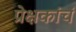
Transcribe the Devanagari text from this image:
प्रेक्षकांचं